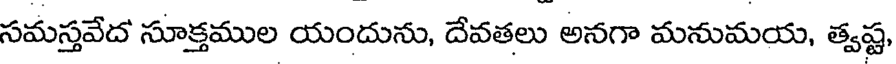
సమస్తవేద సూక్తముల యందును, దేవతలు అనగా మనుమయ, త్వష్ట,